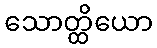
သောတ္ထိယော